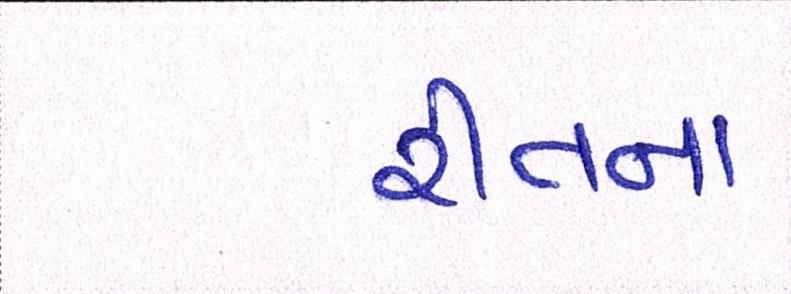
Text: રીતના